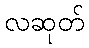
လဆုတ်